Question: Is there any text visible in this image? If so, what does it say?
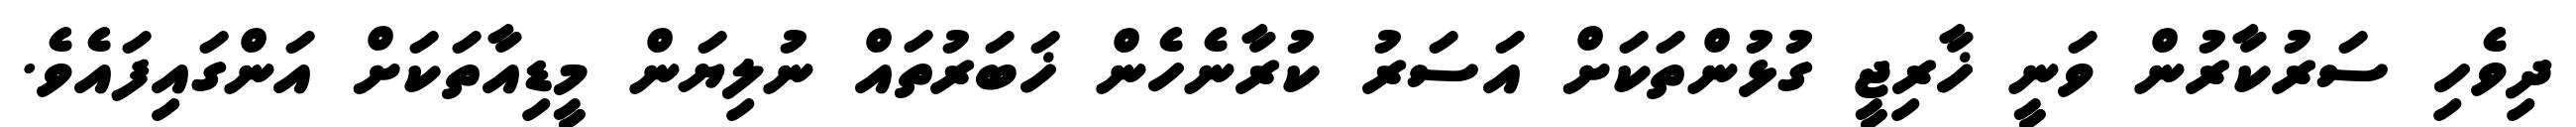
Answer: ދިވެހި ސަރުކާރުން ވަނީ ޚާރިޖީ ގުޅުންތަކަށް އަސަރު ކުރާނެހެން ޚަބަރުތައް ނުލިޔަން މީޑިއާތަކަށް އަންގައިފައެވެ.